Proceedings of the meeting of veterinary officers in India
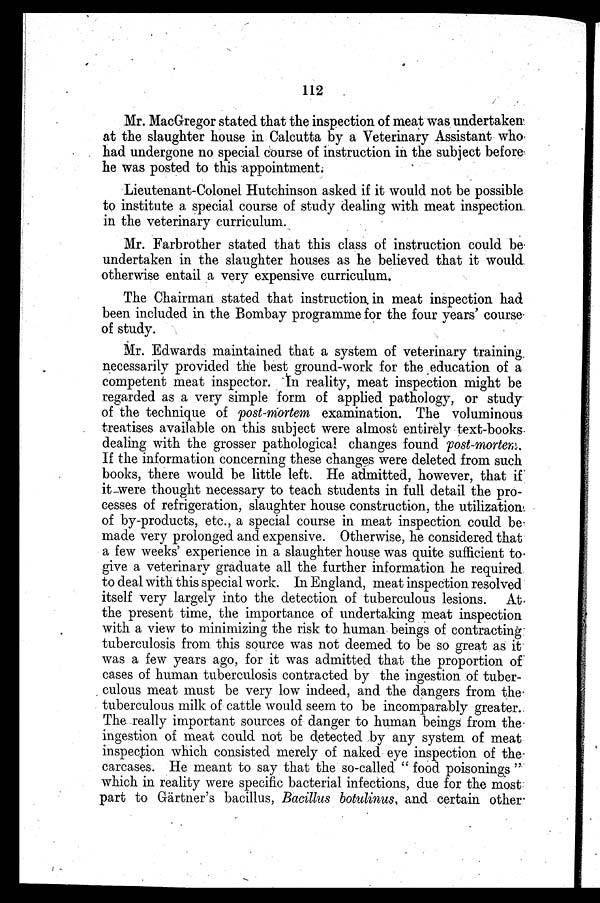
112
Mr. MacGregor stated that the inspection of meat was undertaken
at the slaughter house in Calcutta by a Veterinary Assistant who
had undergone no special course of instruction in the subject before
he was posted to this appointment;
Lieutenant-Colonel Hutchinson asked if it would not be possible
to institute a special course of study dealing with meat inspection
in the veterinary curriculum.
Mr. Farbrother stated that this class of instruction could be
undertaken in the slaughter houses as he believed that it would
otherwise entail a very expensive curriculum.
The Chairman stated that instruction in meat inspection had
been included in the Bombay programme for the four years' course
of study.
Mr. Edwards maintained that a system of veterinary training
necessarily provided the best ground-work for the education of a
competent meat inspector. In reality, meat inspection might be
regarded as a very simple form of applied pathology, or study
of the technique of post-mortem examination. The voluminous
treatises available on this subject were almost entirely text-books
dealing with the grosser pathological changes found post-mortem.
If the information concerning these changes were deleted from such
books, there would be little left. He admitted, however, that if
it were thought necessary to teach students in full detail the pro-
cesses of refrigeration, slaughter house construction, the utilization
of by-products, etc., a special course in meat inspection could be
made very prolonged and expensive. Otherwise, he considered that
a few weeks' experience in a slaughter house was quite sufficient to
give a veterinary graduate all the further information he required
to deal with this special work. In England, meat inspection resolved
itself very largely into the detection of tuberculous lesions. At
the present time, the importance of undertaking meat inspection
with a view to minimizing the risk to human beings of contracting
tuberculosis from this source was not deemed to be so great as it
was a few years ago, for it was admitted that the proportion of
cases of human tuberculosis contracted by the ingestion of tuber-
culous meat must be very low indeed, and the dangers from the
tuberculous milk of cattle would seem to be incomparably greater.
The really important sources of danger to human beings from the
ingestion of meat could not be detected by any system of meat
inspection which consisted merely of naked eye inspection of the
carcases. He meant to say that the so-called " food poisonings "
which in reality were specific bacterial infections, due for the most
part to Gärtner's bacillus, Bacillus botulinus, and certain other